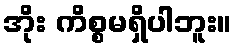
အိုး ကိစ္စမရှိပါဘူး။